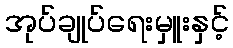
အုပ်ချုပ်ရေးမှူးနှင့်